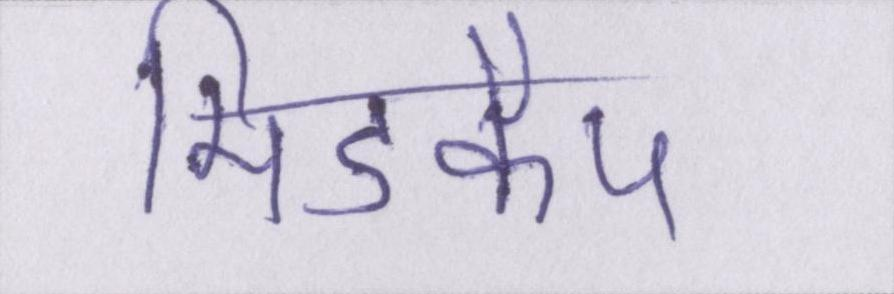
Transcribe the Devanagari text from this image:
मिडकैप